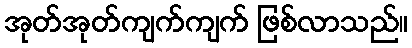
အုတ်အုတ်ကျက်ကျက် ဖြစ်လာသည်။